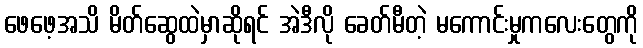
ဖေဖေ့အသိ မိတ်ဆွေထဲမှာဆိုရင် အဲဒီလို ခေတ်မီတဲ့ မကောင်းမှုကလေးတွေကို